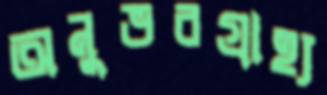
অনুভবগ্রাহ্য